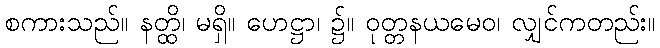
စကားသည်။ နတ္ထိ၊ မရှိ။ ဟေဋ္ဌာ၊ ၌။ ဝုတ္တနယမေဝ၊ လျှင်ကတည်း။